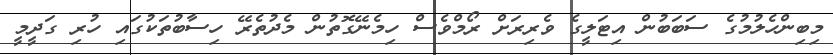
މިބިންހެލުމުގެ ސަބަބުން އިޓަލީގެ ވެރިރަށް ރޯމްވެސް ހިމެނޭގޮތުން މެދުތެރޭ ހިސާބުތަކުގައި ހުރި ގަދީމީ